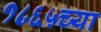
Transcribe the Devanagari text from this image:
१८६५च्या